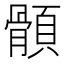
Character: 顝